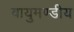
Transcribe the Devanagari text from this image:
वायुमण्डीय